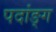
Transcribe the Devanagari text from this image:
पदांङ्ग